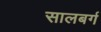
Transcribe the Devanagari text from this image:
सालबर्ग